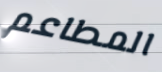
المطاعم